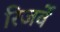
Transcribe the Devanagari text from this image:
रिजर्वे